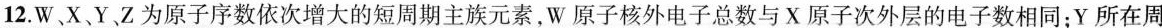
12.W、X、Y、Z为原子序数依次增大的短周期主族元素，W原子核外电子总数与X原子次外层的电子数相同；Y所在周